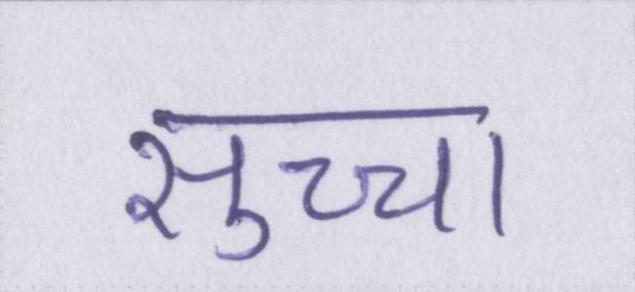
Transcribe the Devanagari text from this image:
सुच्चा